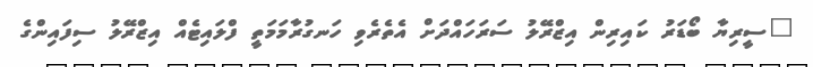
"ސީރިޔާ ބޯޑަރު ކައިރިން އިޒްރޭލު ސަރަހައްދަށް އެތެރެވި ހަނގުރާމަމަތީ ފްލައިޓެއް އިޒްރޭލު ސިފައިންގެ